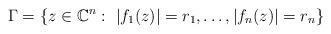
LaTeX: \begin{align*}\Gamma=\{z\in\mathbb C^n:\ |f_1(z)|=r_1,\ldots, |f_n(z)|=r_n\}\end{align*}